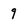
Character: 9